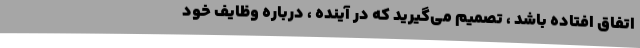
اتفاق افتاده باشد ، تصمیم می‌گیرید که در آینده ، درباره وظایف خود